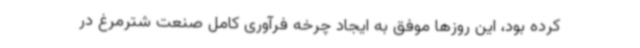
کرده بود، این روزها موفق به ایجاد چرخه فرآوری کامل صنعت شترمرغ در